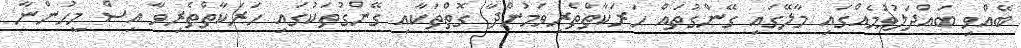
ބޭއްވި ބައްދަލުވުމެއްގައި މާލޭގައި ގޭންގުތައް ހަރަކާތްތެރިވަމުންދާ ގޮތްތަކާއި ގޭންގުތަކުގައި ހަރަކާތްތެރިވާ އިސް މީހުންނާ